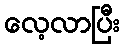
လေ့လာပြီး